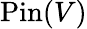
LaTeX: \operatorname{Pin}(V)